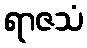
ရာဇသံ